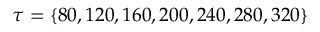
\tau = \{ 8 0 , 1 2 0 , 1 6 0 , 2 0 0 , 2 4 0 , 2 8 0 , 3 2 0 \}